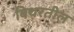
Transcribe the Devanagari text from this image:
बिथरतील